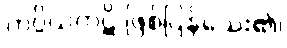
ကပ္ပိယကုဋိ ဖြစ်ပြန်သေး၏၊